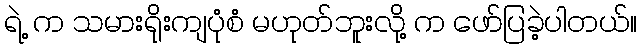
ရဲ့ က သမားရိုးကျပုံစံ မဟုတ်ဘူးလို့ က ဖော်ပြခဲ့ပါတယ်။